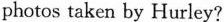
photos taken by Hurley?